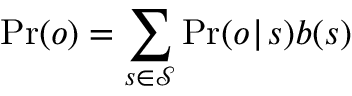
\operatorname* { P r } ( o ) = \sum _ { s \in \mathcal { S } } \operatorname* { P r } ( o \! \mid \! s ) b ( s )